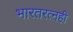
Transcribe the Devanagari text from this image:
भारतरत्नही